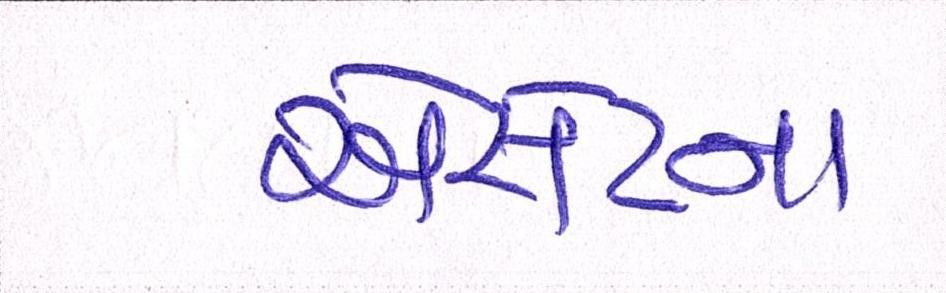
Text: એસેટના